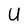
Character: U